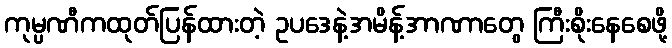
ကုမ္ပဏီကထုတ်ပြန်ထားတဲ့ ဥပဒေနဲ့အမိန့်အာဏာတွေ ကြီးစိုးနေစေဖို့